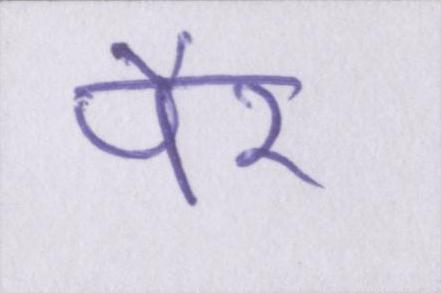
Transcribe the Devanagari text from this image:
पैर